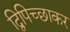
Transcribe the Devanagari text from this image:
द्विपिच्छाकर